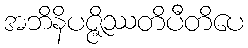
အဘိနိပဇ္ဇိဿတိပီတိပေ